Report on the bubonic plague in Bombay, 1896-1897
Year: 1896
Disease focus: Plague
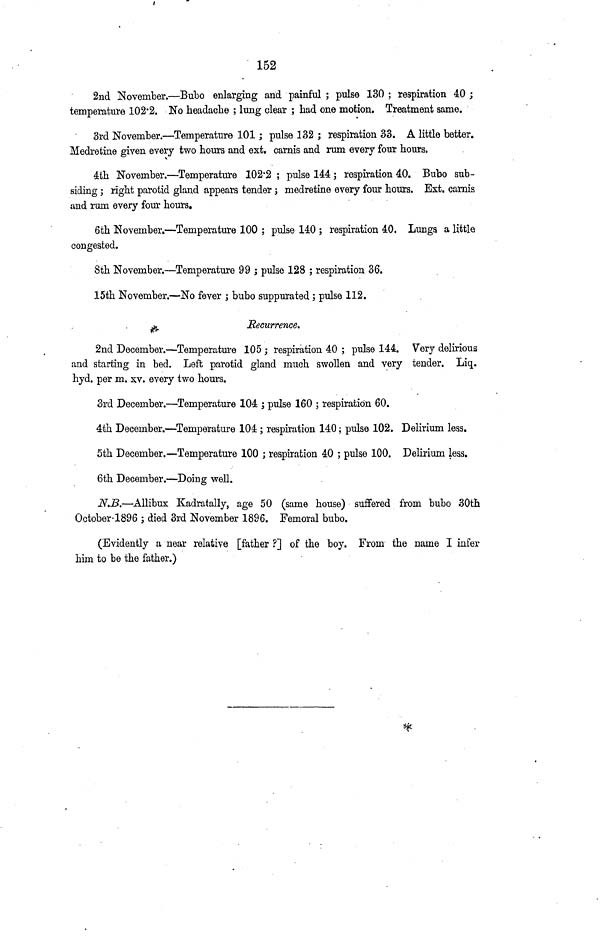
152
2nd November.—Bubo enlarging and painful ; pulse 130 ; respiration 40 ;
temperature 102.2. No headache ; lung clear ; had one motion. Treatment same.
3rd November.—Temperature 101 ; pulse 132 ; respiration 33. A little better.
Medretine given every two hours and ext. carnis and rum every four hours.
4th November.—Temperature 102.2 ; pulse 144 ; respiration 40. Bubo sub-
siding ; right parotid gland appears tender ; medretine every four hours. Ext. carnis
and rum every four hours.
6th November.—Temperature 100 ; pulse 140 ; respiration 40. Lungs a little
congested.
8th November.—Temperature 99 ; pulse 128 ; respiration 36.
15th November.—No fever ; bubo suppurated ; pulse 112.
Recurrence.
2nd December.—Temperature 105 ; respiration 40 ; pulse 144. Very delirious
and starting in bed. Left parotid gland much swollen and very tender. Liq.
hyd. per m. xv. every two hours.
3rd December.—'Temperature 104 ; pulse 160 ; respiration 60.
4th December.—Temperature 104 ; respiration 140 ; pulse 102. Delirium less.
5th December.—Temperature 100 ; respiration 40 ; pulse 100. Delirium less.
6th December.—Doing well.
N.B.—Allibux Kadratally, age 50 (same house) suffered from bubo 30th
October-1896 ; died 3rd November 1896. Femoral bubo.
(Evidently a near relative [father ?] of the boy. From the name I infer
him to be the father.)